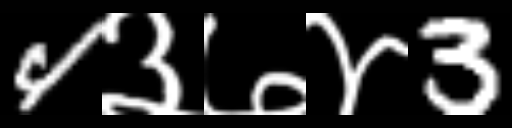
Text: 4३७४3